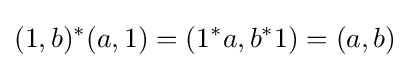
(1,b)^{*}(a,1)=\left(1^{*}a,b^{*}1\right)=(a,b)